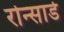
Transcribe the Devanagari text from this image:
रोन्सार्ड